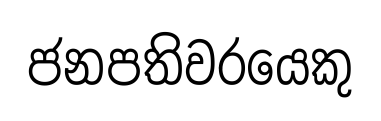
ජනපතිවරයෙකු